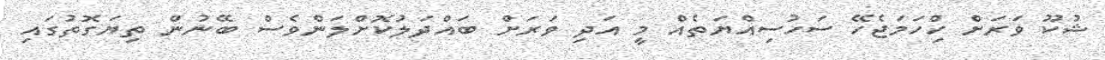
ޝުކޫ ވަރަށް ހިްހަމަޖެހޭ ސަހުސިއްޔަތެއް މީ އަދި ވަރަށް ބައްދަލުކޮށްލަންވެސް ބޭނުން ތިޔަގޮތުގައި